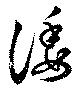
諉